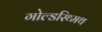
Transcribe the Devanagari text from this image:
गोल्डस्थ्मिथ